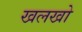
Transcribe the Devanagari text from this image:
खलखो